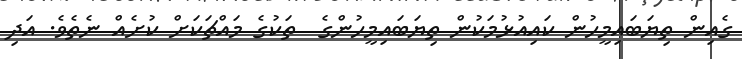
ގެއިން ތިޔަބައިމީހުން ކައިއުޅުމަކުން ތިޔަބައިމީހުންގެ  ތަކުގެ މައްޗަކަށް ކުށެއް ނެތެވެ. އަދި